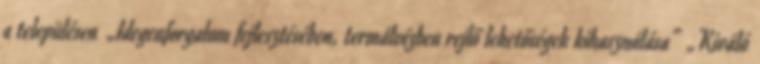
a településen ▪„Idegenforgalom fejlesztésében, termálvízben rejlő lehetőségek kihasználása” ▪„Kiváló